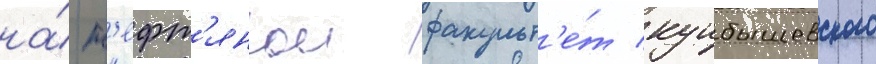
на́ н'ефт'янои факульт'е́т куибышевского